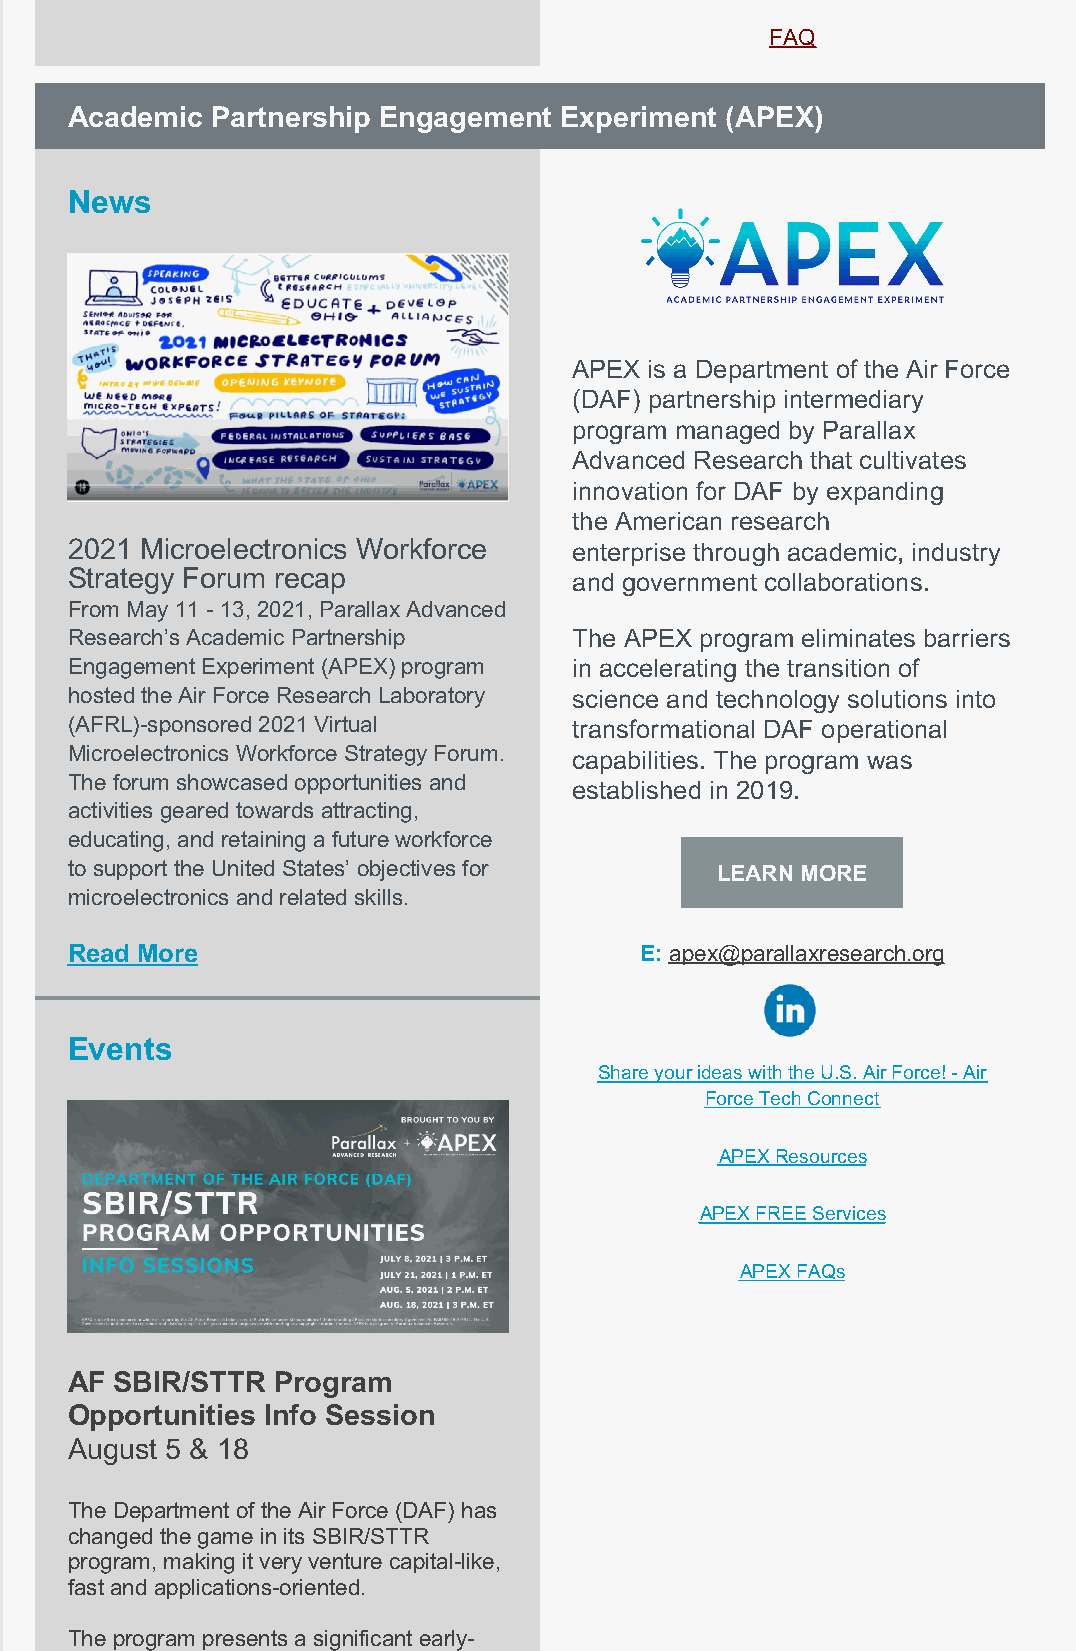
FAQ
 Academic Partnership Engagement  Experiment (APEX)
 News
 APEX is a Department of the Air Force
 (DAF) partnership intermediary
 program managed by Parallax
 Advanced Research that cultivates
 innovation for DAF by expanding
 the American research
 2021 Microelectronics Workforce  enterprise through academic, industry
 Strategy Forum recap             and government collaborations.
 ​From May 11 - 13, 2021, Parallax Advanced
 Research’s Academic Partnership  The APEX program eliminates barriers
 Engagement Experiment (APEX) program in accelerating the transition of
 hosted the Air Force Research Laboratory science and technology solutions into
 (AFRL)-sponsored 2021 Virtual    transformational DAF operational
 Microelectronics Workforce Strategy Forum. capabilities. The program was
 The forum showcased opportunities and
 established in 2019.
 activities geared towards attracting,
 educating, and retaining a future workforce
 to support the United States’ objectives for LEARN MORE
 microelectronics and related skills.
 ​Read More                            E: apex@parallaxresearch.org
 ​
 Events
 Share your ideas with the U.S. Air Force! - Air
 Force Tech Connect
 APEX Resources
 APEX FREE Services
 APEX FAQs
 AF SBIR/STTR  Program
 Opportunities Info Session
 August 5 & 18
 The Department of the Air Force (DAF) has
 changed the game in its SBIR/STTR
 program, making it very venture capital-like,
 fast and applications-oriented.
 The program presents a significant early-